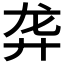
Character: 𱍁